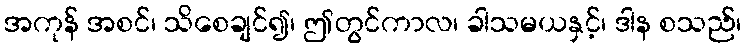
အကုန် အစင်၊ သိစေချင်၍၊ ဤတွင်ကာလ၊ ခါသမယနှင့်၊ ဒါန စသည်၊